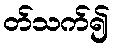
တ်သက်၍